Medical and sanitary report on the native army of Bombay for the year
Year: 1879
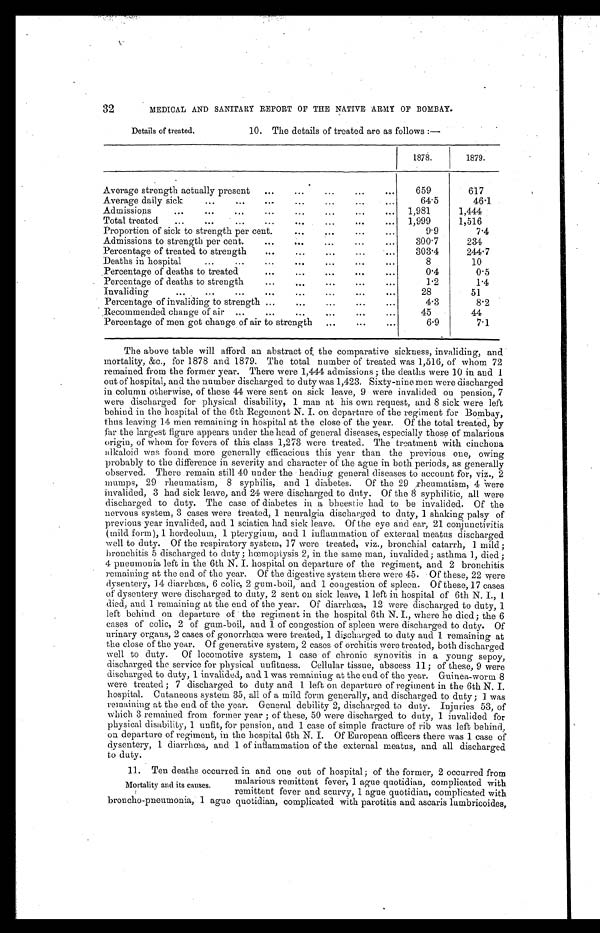
32
MEDICAL AND SANITARY REPORT OF THE NATIVE ARMY OF BOMBAY.
Details of treated.
10. The details of treated are as follows:—
1878.
1879.
Average strength actually present . . .
659
617
Average daily sick . . .
64.5
46.1
Admissions . . .
1,981
1,444
Total treated . . .
1,999
1,516
Proportion of sick to strength per cent . . .
9.9
7 . 4
Admissions to strength per cent. . . .
300.7
234
Percentage of treated to strength . . .
303.4
244.7
D e a t h s i n h o s p i t a l . . .
8
10
Percentage of deaths to treated . . .
0.4
0.5
Percentage of deaths to strength . . .
1.2
1.4
Invaliding . . .
28
51
Percentage of invaliding to strength . . .
4.3
8.2
Recommended change of air . . .
45
44
Percentage of men got change of air to strength . . .
6.9
7.1
The above table will afford an abstract of the comparative sickness, invaliding, and
mortality, &c., for 1878 and 1879. The total number of treated was 1,516, of whom 72
remained from the former year. There were 1,444 admissions; the deaths were 10 in and 1
out of hospital, and the number discharged to duty was 1,423. Sixty-nine men were discharged
in column otherwise, of these 44 were sent on sick leave, 9 were invalided on pension, 7
were discharged for physical disability, 1 man at his own request, and 8 sick were left
behind in the hospital of the 6th Regement N. I. on departure of the regiment for Bombay,
thus leaving 14 men remaining in hospital at the close of the year. Of the total treated, by
far the largest figure appears under the head of general diseases, especially those of malarious
origin, of whom for fevers of this class 1,273 were treated. The treatment with cinchona
a l k a l o i d w a s f o u n d m o r e g e n e r a l l y e f f i c a c i o u s t h i s y e a r t h a n t h e p r e v i o u s o n e , o w i n g
probably to the difference in severity and character of the ague in both periods, as generally
observed. There remain still 40 under the heading general diseases to account for, viz., 2
mumps, 29 rheumatism, 8 syphilis, and 1 diabetes. Of the 29 rheumatism, 4 were
invalided, 3 had sick leave, and 24 were discharged to duty. Of the 8 syphilitic, all were
discharged to duty. The case of diabetes in a bheestie had to be invalided. Of the
nervous system, 3 cases were treated, 1 neuralgia discharged to duty, 1 shaking palsy of
previous year invalided, and 1 sciatica had sick leave. Of the eye and ear, 21 conjunctivitis
(mild form), 1 hordeolum, 1 pterygium, and 1 inflammation of external meatus discharged
well to duty. Of the respiratory system, 17 were treated, viz., bronchial catarrh, 1 mild;
bronchitis 5 discharged to duty; hœmoptysis 2, in the same man, invalided; asthma 1, died;
4 pneumonia left in the 6th N.I. hospital on departure of the regiment, and 2 bronchitis
remaining at the end of the year. Of the digestive system there were 45. Of these, 22 were
dysentery, 14 diarrhœa, 6 colic, 2 gum-boil, and 1 congestion of spleen. Of these, 17 cases
of dysentery were discharged to duty, 2 sent on sick leave, 1 left in hospital of 6th N. I., 1
died, and 1 remaining at the end of the year. Of diarrhœa, 12 were discharged to duty, 1
left behind on departure of the regiment in the hospital 6th N.I., where he died; the 6
cases of colic, 2 of gum-boil, and 1 of congestion of spleen were discharged to duty. Of
urinary organs, 2 cases of gonorrhœa, were treated, 1 discharged to duty and 1 remaining at
the close of the year. Of generative system, 2 cases of orchitis were treated, both discharged
well to duty. Of locomotive system, 1 case of chronic synovitis in a young sepoy,
discharged the service for physical unfitness. Cellular tissue, abscess 11; of these, 9 were
discharged to duty, 1 invalided, and 1 was remaining at the end of the year. Guinea-worm 8
were treated; 7 discharged to duty and 1 left on departure of regiment in the 6th N.I.
hospital. Cutaneous system 35, all of a mild form generally, and discharged to duty; 1 was
remaining at the end of the year. General debility 2, discharged to duty. Injuries 53, of
which 3 remained from former year; of these, 50 were discharged to duty, 1 invalided for
physical disability, 1 unfit, for pension, and 1 case of simple fracture of rib was left behind.,
on departure of regiment, in the hospital 6th N.I. Of European officers there was 1 case of
dysentery, 1 diarrhœa, and 1 of inflammation of the external meatus, and all discharged
to duty.
11. Ten deaths occurred in and one out of hospital; of the former, 2 occurred from
malarious remittent fever, 1 ague quotidian., complicated with
remittent fever and scurvy, 1 ague quotidian, complicated with
broncho-pneumonia, 1 ague quotidian, complicated with parotitis and ascaris lumbricoides,
Mortality and its causes.